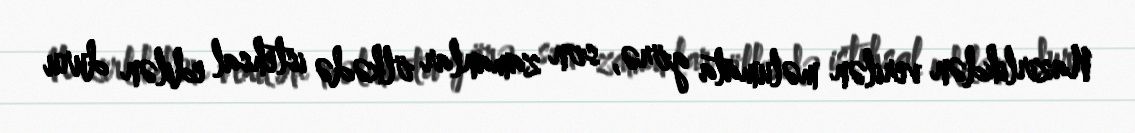
Nazirlikdən verilən məlumata görə, son zamanlar ölkədə istehsal edilən duru